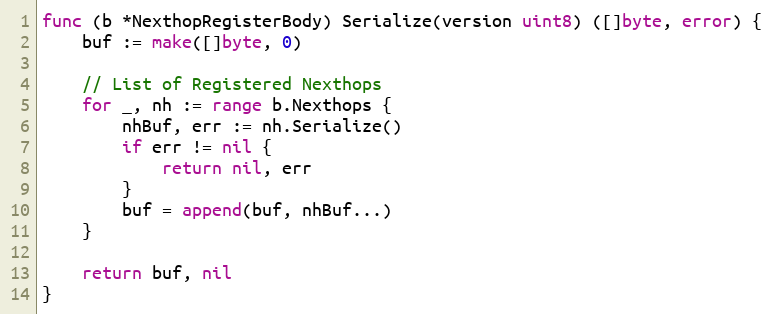
Language: Go
func (b *NexthopRegisterBody) Serialize(version uint8) ([]byte, error) {
	buf := make([]byte, 0)

	// List of Registered Nexthops
	for _, nh := range b.Nexthops {
		nhBuf, err := nh.Serialize()
		if err != nil {
			return nil, err
		}
		buf = append(buf, nhBuf...)
	}

	return buf, nil
}